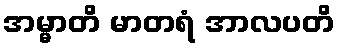
အမ္မာတိ မာတရံ အာလပတိ